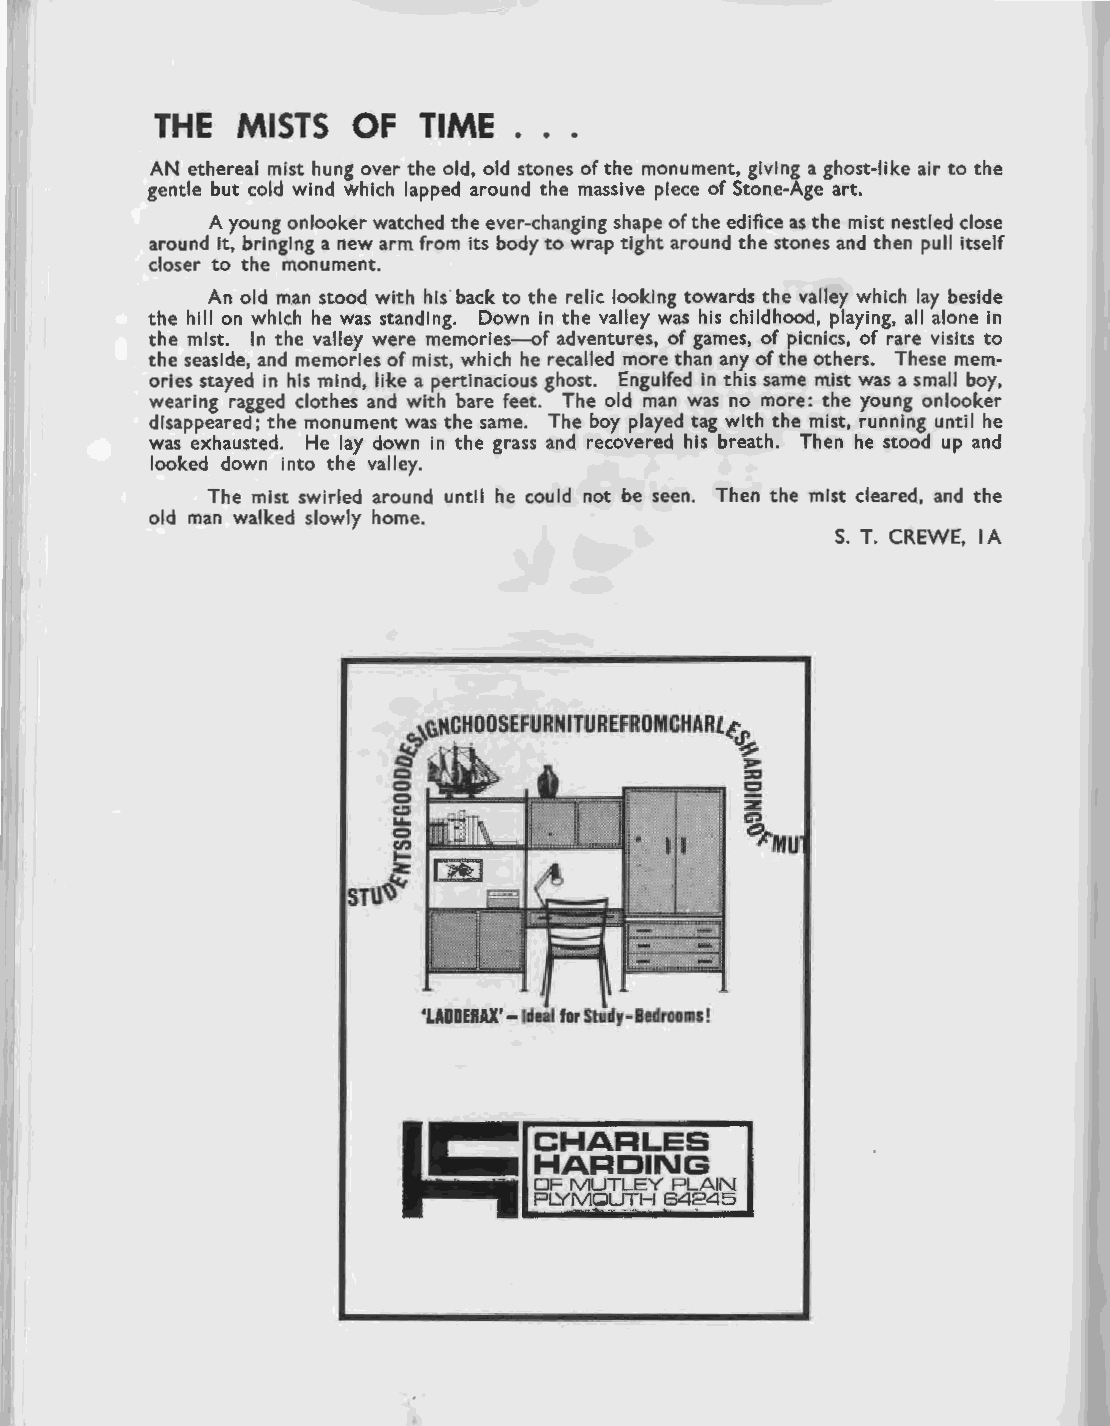
THE   MISTS  OF   TIME  . . .
 AN ethereal mist hung over the old, old stones of the monument, giving a ghost-like air to the
 gentle but cold wind which lapped around the massive piece of Stone-Age art.
 A young onlooker watched the ever-changing shape of the edifice as the mist nestled close
 around it, bringing a new arm from its body to wrap tight around the stones and then pull itself
 closer to the monument.
 An old man stood with his back to the relic looking towards the valley which lay beside
 the hill on which he was standing. Down in the valley was his childhood, playing, all alone in
 the mist. In the valley were memories-of adventures, of games, of picnics, of rare visits to
 the seaside, and memories of mist, which he recalled more than any of the others. These mem
 ories stayed in his mind, like a pertinacious ghost. Engulfed in this same mist was a small boy,
 wearing ragged clothes and with bare feet. The old man was no more: the young onlooker
 disappeared; the monument was the same. The boy played tag with the mist, running until he
 was exhausted. He lay down in the grass and recovered his breath. Then he stood up and
 looked down into the valley.
 The mist swirled around until he could not be seen. Then the mist cleared, and the
 old man walked slowly home.
 S. T. CREWE, I A
 'LADDERAX' -Ideal for Study-Bedrooms!
 CHARLES
 HARDING
 OF MUTLEY PLAIN
 PLYMOUTH 64245